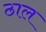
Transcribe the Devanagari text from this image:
ठाल